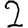
Digit: 2